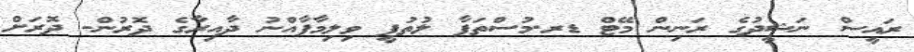
ރައީސް ނަޝީދުގެ ރަނިން މޭޓް ޑރ.މުސްތަފާ ލުތުފީ ވިލިމާފާއްނު ދާއިރާގެ ދޮރުން- ދޮރަށް